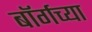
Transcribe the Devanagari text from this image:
बॉर्गच्या